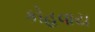
કોહવાય